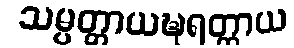
သမ္ပတ္တာယဍ္ဎရတ္တာယ